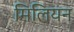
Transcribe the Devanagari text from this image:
मिलियन